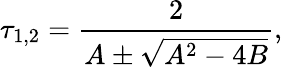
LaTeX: \tau_{1,2}=\frac{2}{A\pm\sqrt{A^{2}-4B}},